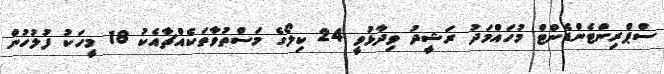
ސްޕްރިންޓެންޑެންޓް މުހައްމަދު ރަޝީދު ވިދާޅުވީ 24 ކިލޯގެ މަސްތުވާތަކެއްޗާއެކު 18 މީހަކު ފުލުހުން